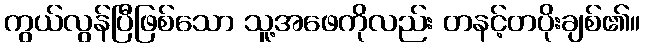
ကွယ်လွန်ပြီဖြစ်သော သူ့အဖေကိုလည်း တနင့်တပိုးချစ်၏။